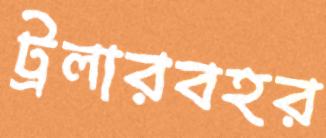
ট্রলারবহর